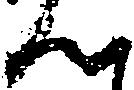
ん